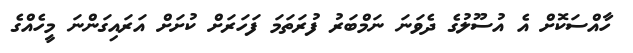
ހާއްސަކޮށް އެ އުސޫލުގެ ދެވަނަ ނަމްބަރު ފުރަތަމަ ފަހަރަށް ކުށަށް އަރައިގަންނަ މީހެއްގެ